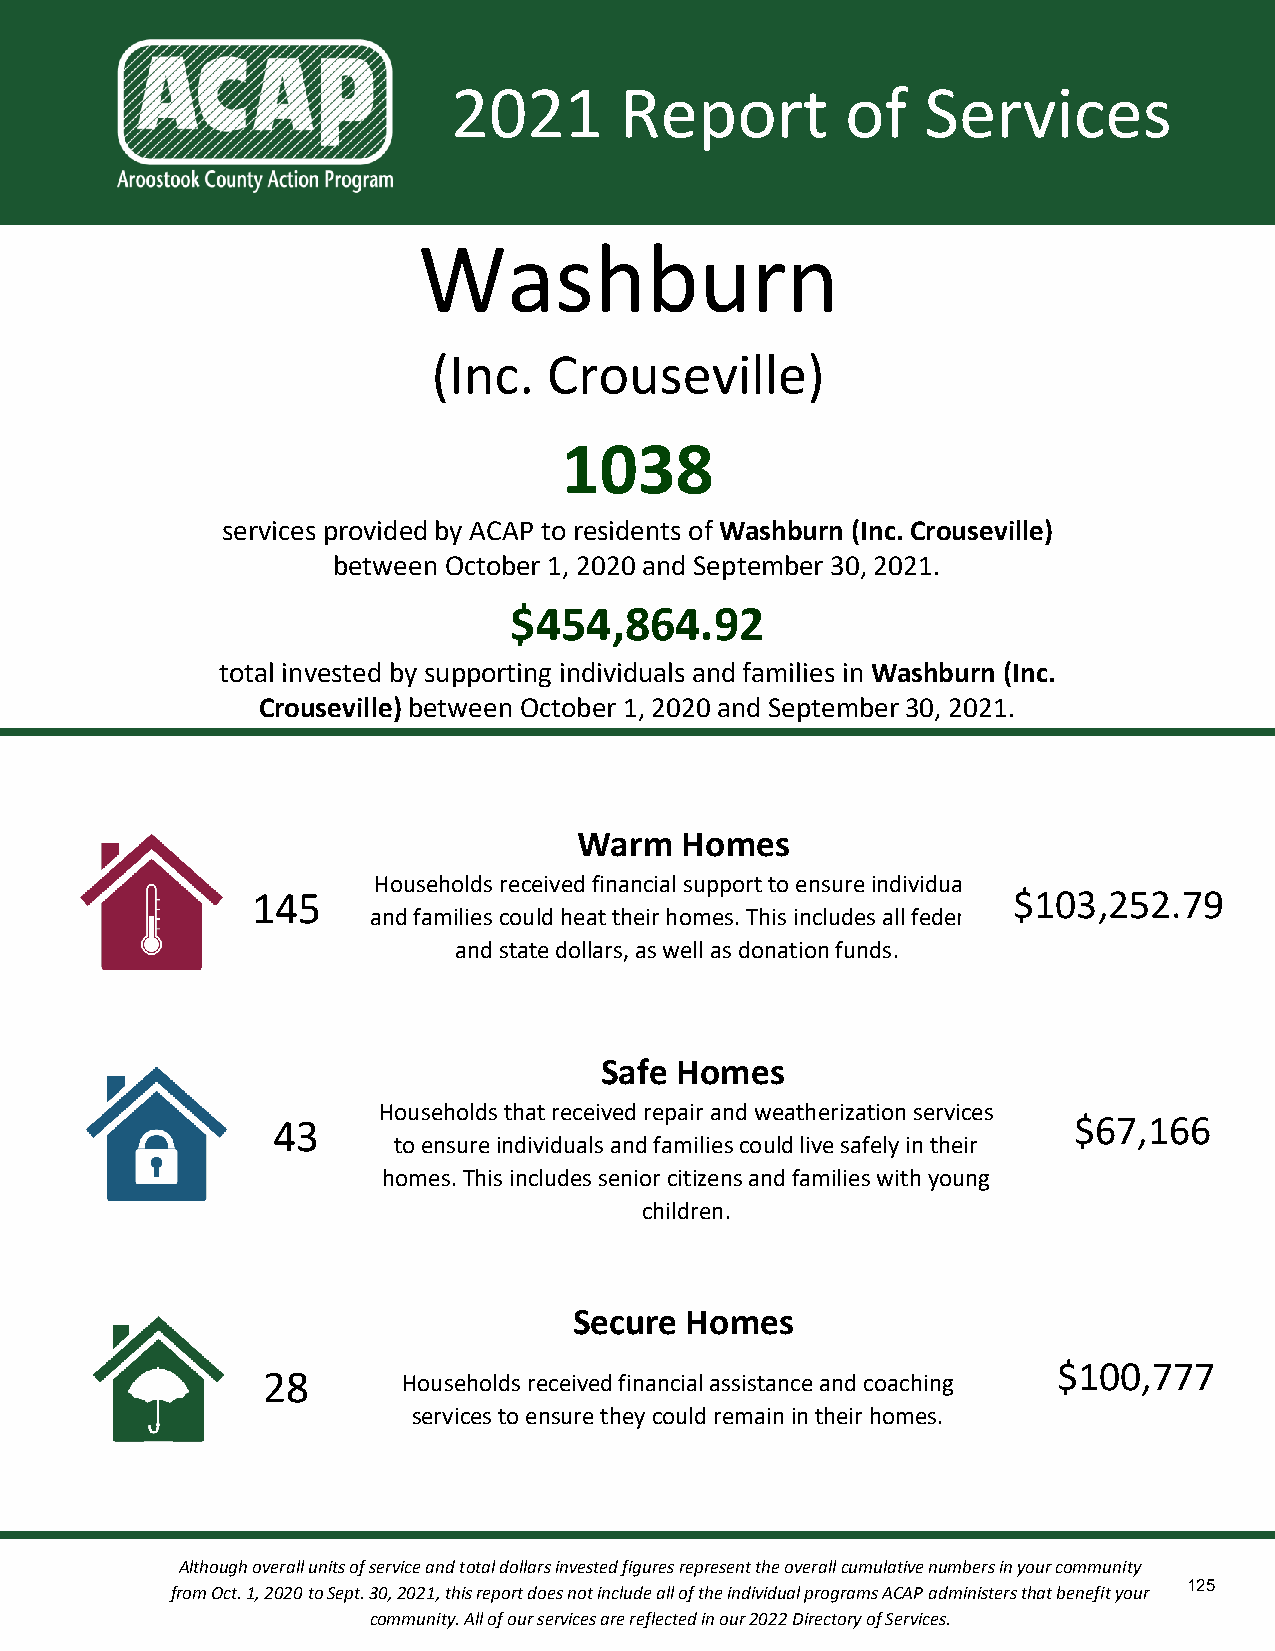
2021       Report         of   Services
 Washburn
 (Inc.  Crouseville)
 1038
 services provided by ACAP to residents of Washburn (Inc. Crouseville)
 between October 1, 2020 and September 30, 2021.
 $454,864.92
 total invested by supporting individuals and families in Washburn (Inc.
 Crouseville) between October 1, 2020 and September 30, 2021.
 Warm   Homes
 Households received financial support to ensure individuals
 145                                               $103,252.79
 and families could heat their homes. This includes all federal
 and state dollars, as well as donation funds.
 Safe Homes
 Households that received repair and weatherization services
 43                                                   $67,166
 to ensure individuals and families could live safely in their
 homes. This includes senior citizens and families with young
 children.
 Secure Homes
 $100,777
 28        Households received financial assistance and coaching
 services to ensure they could remain in their homes.
 Although overall units of service and total dollars invested figures represent the overall cumulative numbers in your community
 125
 from Oct. 1, 2020 to Sept. 30, 2021, this report does not include all of the individual programs ACAP administers that benefit your
 community. All of our services are reflected in our 2022 Directory of Services.